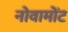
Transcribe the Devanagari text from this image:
नोवामोंट